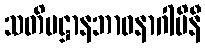
သတိပဋ္ဌာနဘာဝနာဂါမိနီ